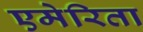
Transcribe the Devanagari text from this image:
एमेरिता